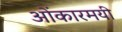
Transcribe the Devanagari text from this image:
ओंकारमयी